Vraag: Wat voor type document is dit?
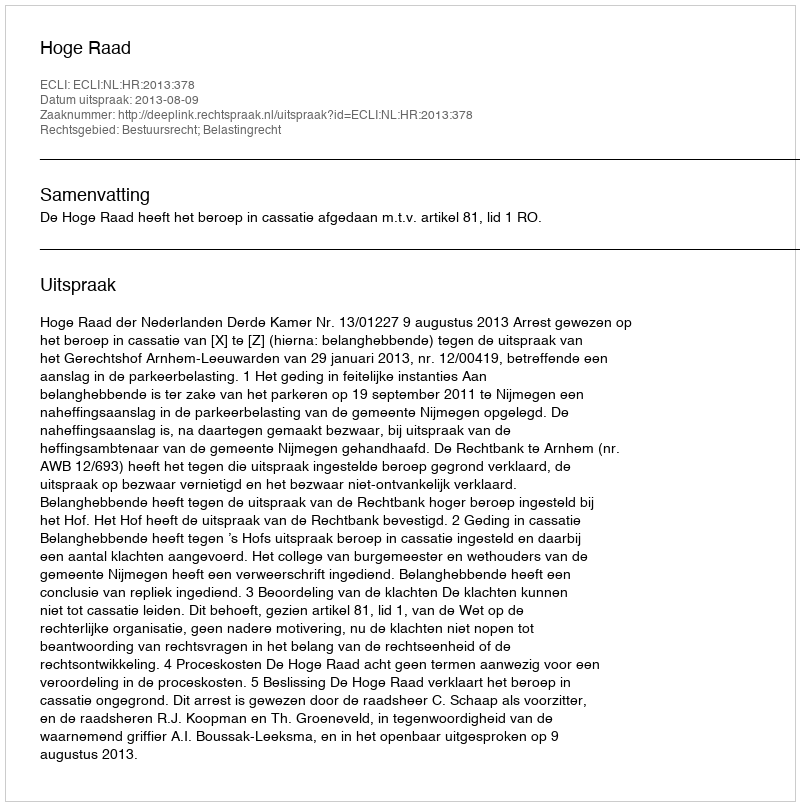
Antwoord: Uitspraak